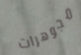
مجوهرات